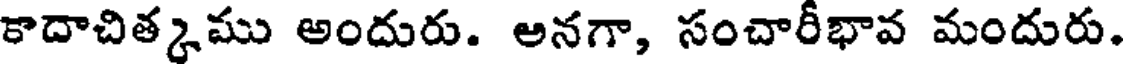
కాదాచిత్కము అందురు. అనగా, సంచారీభావ మందురు.